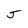
Character: J